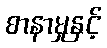
စာနာမှုနှင့်